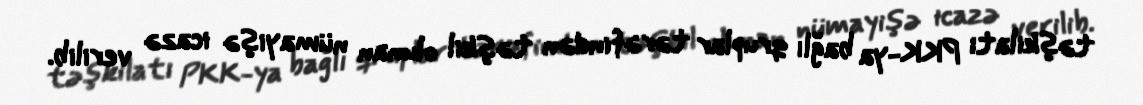
təşkilatı PKK-ya bağlı qruplar tərəfindən təşkil olunan nümayişə icazə verilib.